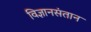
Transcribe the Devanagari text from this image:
विज्ञानसंतान